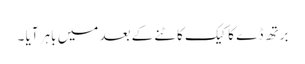
برتھ ڈے کا کیک کاٹنے کے بعد میں باہر آیا ۔